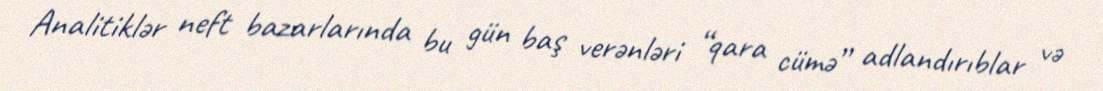
Analitiklər neft bazarlarında bu gün baş verənləri “qara cümə” adlandırıblar və